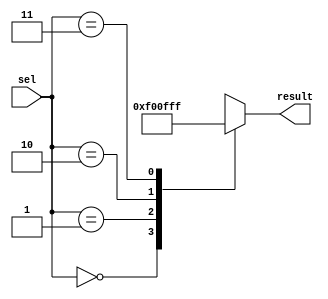
module parallel_case_statement (
    input [1:0] sel,
    output reg [7:0] result
);

always @(*)
begin
    case (sel)
        2'b00: result = 8'b00000000;
        2'b01: result = 8'b11110000;
        2'b10: result = 8'b00001111;
        2'b11: result = 8'b11111111;
        default: result = 8'b00000000;
    endcase
end

endmodule